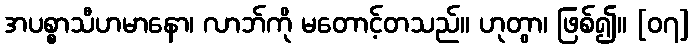
အပစ္စာသီဟမာနော၊ လာဘ်ကို မတောင့်တသည်။ ဟုတွာ၊ ဖြစ်၍။ [၀၇]